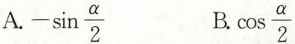
A.-\sin \frac{\alpha}{2} B.\cos \frac{\alpha}{2}